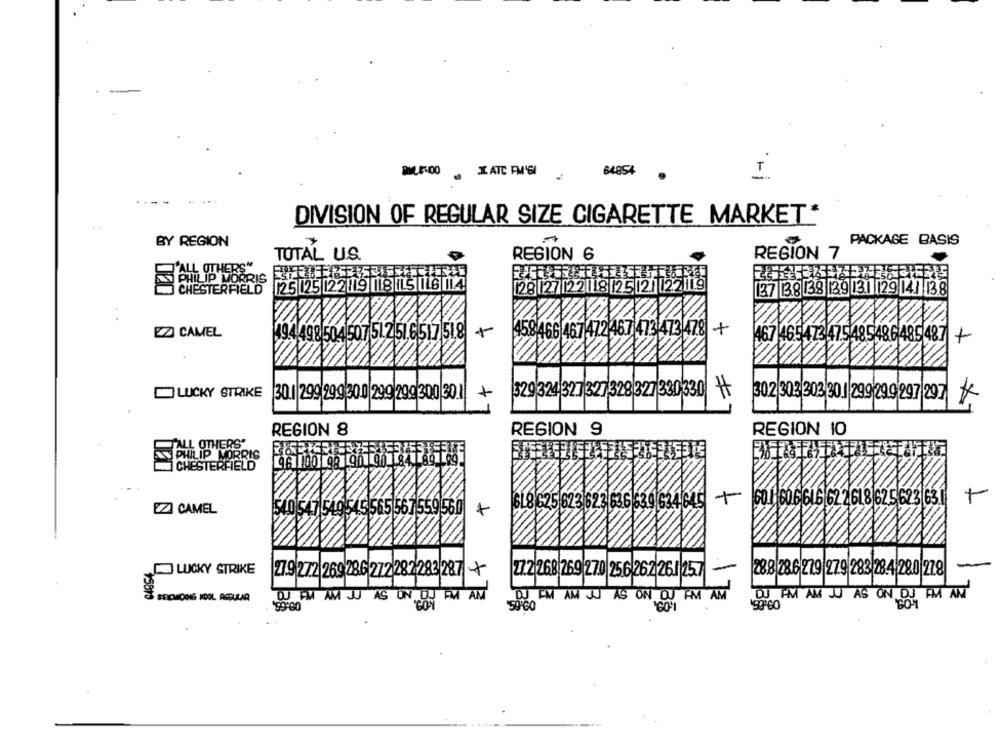
XX ATC FM'GI
64854
T
DIVISION OF REGULAR SIZE CIGARETTE MARKET*
PACKAGE BASIS
BY REGION
REGION 7
TOTAL U.S.
REGION 6
ALL OTHERS"
PHILIP MORRIS
125 25 22119 18 IL5 IL6 114
CHESTERFIELD
28 1272218 25 12 22119
137 38 138 39 3.1 29 141 38
+
EZ CAMEL
494 498 504 507 51.251.6517 518
458466 467 472 467 473 473 478
467 465473 47.5485486485487 +
7330330
LUCKY STRIKE
30.1 299 299 30.0 299 299 300 30 1
+
329 324 327 327 328 3
302 303 303 301 299 29.9 2
97|297
REGION 8
REGION 9
REGION 10
ALL OTHERS"
PHILIP MORRIS
CHESTERFIELD
96 00 99 90 90 84 89 199
23 636 639 634645 +
GO.HO
16 62 2 618 62 5 623 63.1
+
EZ CAMEL
540 547549545565 567559 560
LUCKY STRIKE
-
27.9 272 269 786 272 282-283 287 +
272 268 269 270 256 262 261 25 7
28.8 28.6 279 279 283 284 280 278
SECHOING KOOL ASBULAR
15810
DU PM AM JJ AS UN DJ FM AM
DJ FM AM JU AS ON OU FM AM
DU FAM AM JU AS ON DJ FM AM